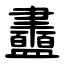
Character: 䀌